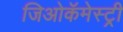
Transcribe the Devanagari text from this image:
जिओकॅमेस्ट्री